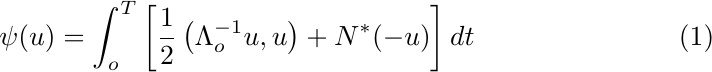
\begin{equation}
  \psi (u) = \int_{o}^{T} \left[\frac{1}{2}
  \left(\Lambda_{o}^{-1} u,u\right) + N^{\ast} (-u)\right] dt
\end{equation}